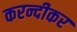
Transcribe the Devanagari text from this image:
करन्दीकर